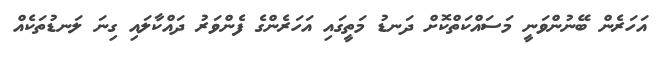
އަހަރެން ބޭނުންވަނީ މަސައްކަތްކޮށް ދަނޑު މަތީގައި އަހަރެންގެ ފެންވަރު ދައްކާލައި ގިނަ ލަނޑުތަކެއް